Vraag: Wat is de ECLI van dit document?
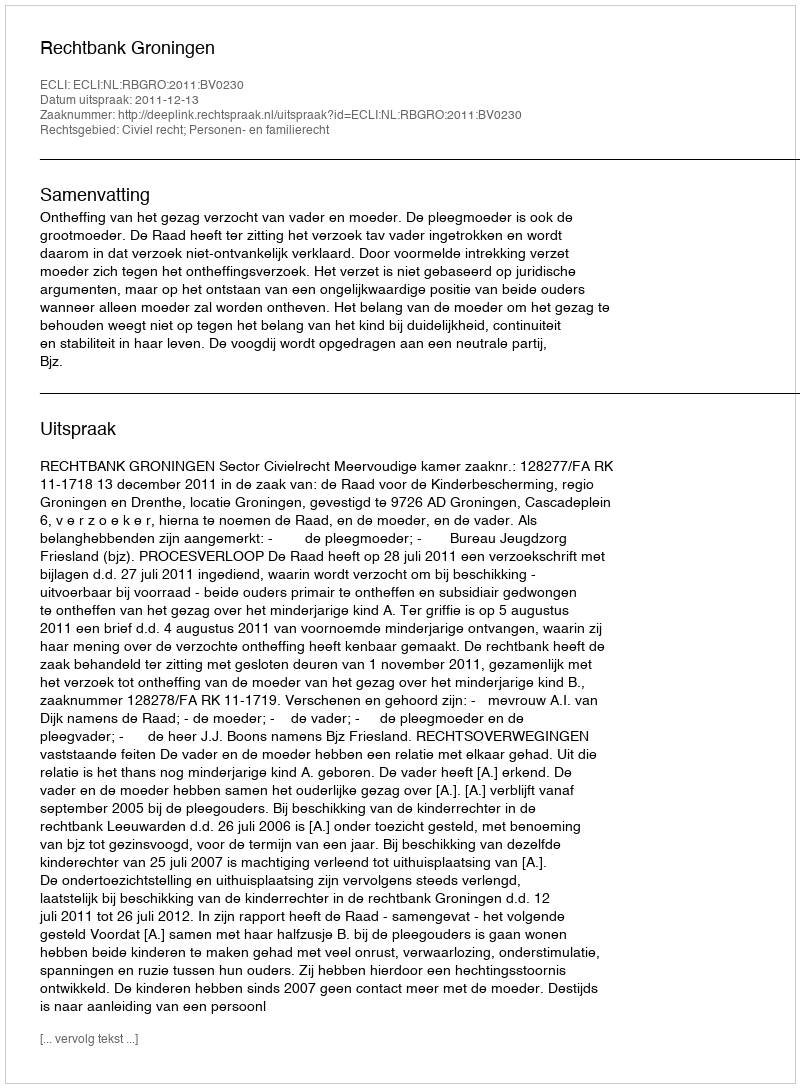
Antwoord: ECLI:NL:RBGRO:2011:BV0230